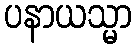
ပနာယသ္မာ